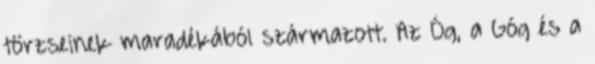
törzseinek maradékából származott. Az Óg, a Góg és a